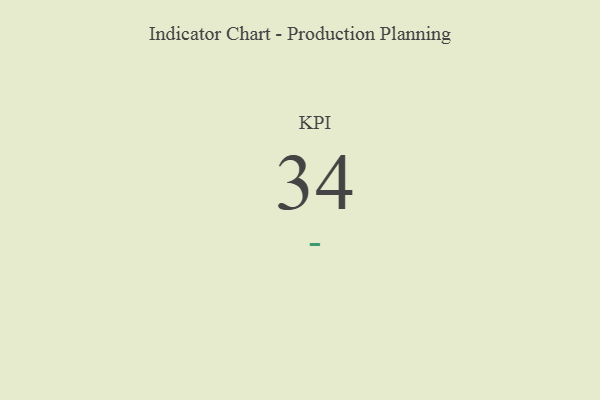
{"axis": {"x": "KPI", "y": "Value"}, "legend": [""], "data": [{"x": "KPI", "y": 34, "type": ""}]}